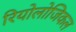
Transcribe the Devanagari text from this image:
रियोलोजिकल